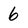
Character: 6